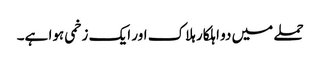
حملے میں دو اہلکار ہلاک اور ایک زخمی ہوا ہے۔